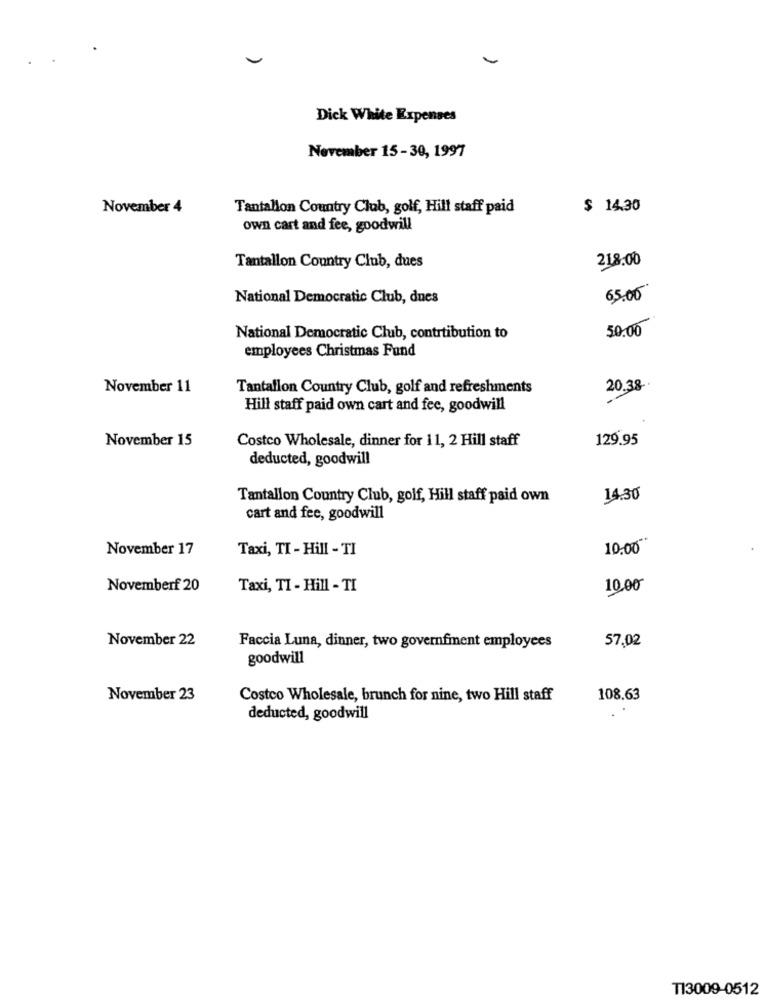
Dick White Expenses
November 15-30, 1997
November 4
Tantallon Country Club, golf, Hill staff paid
$ 14.30
own cart and fee, goodwill
218.00
Tantallon Country Club, dues
National Democratic Club, dnes
65.00
50.00
National Democratic Club, contribution to
employees Christmas Fund
November 11
Tantallon Country Club, golf and refreshments
20.38
Hill staff paid own cart and fee, goodwill
November 15
Costco Wholesale, dinner for 11, 2 Hill staff
129.95
deducted, goodwill
Tantallon Country Club, golf, Hill staff paid own
14.30
cart and fee, goodwill
November 17
Taxi, TI - Hill - TI
10,00
Novemberf 20
Taxi, TI - Hill - TI
10.00
November 22
Faccia Luna, dinner, two governfinent employees
57,02
goodwill
November 23
Costco Wholesale, brunch for nine, two Hill staff
108.63
deducted, goodwill
T13009-0512